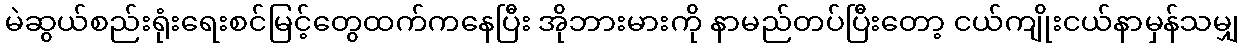
မဲဆွယ်စည်းရုံးရေးစင်မြင့်တွေထက်ကနေပြီး အိုဘားမားကို နာမည်တပ်ပြီးတော့ ငယ်ကျိုးငယ်နာမှန်သမျှ